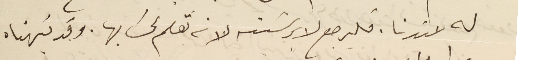
له عندنا. فليرجع لابرشيته لانه تعلم لحسَابها. وقد نبهناه